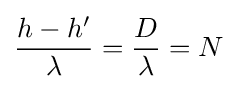
{\frac {h-h'}{\lambda }}={\frac {D}{\lambda }}=N